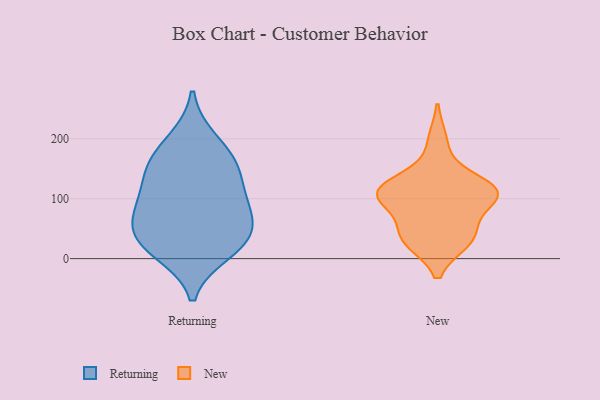
{"axis": {"x": "Net Income (USD K)", "y": "Value"}, "legend": ["New", "Returning"], "data": [{"x": "", "y": 37, "type": "Returning"}, {"x": "", "y": 12, "type": "Returning"}, {"x": "", "y": 78, "type": "Returning"}, {"x": "", "y": 90, "type": "Returning"}, {"x": "", "y": 146, "type": "Returning"}, {"x": "", "y": 197, "type": "Returning"}, {"x": "", "y": 27, "type": "Returning"}, {"x": "", "y": 143, "type": "Returning"}, {"x": "", "y": 165, "type": "Returning"}, {"x": "", "y": 88, "type": "Returning"}, {"x": "", "y": 36, "type": "Returning"}, {"x": "", "y": 103, "type": "New"}, {"x": "", "y": 38, "type": "New"}, {"x": "", "y": 117, "type": "New"}, {"x": "", "y": 45, "type": "New"}, {"x": "", "y": 104, "type": "New"}, {"x": "", "y": 30, "type": "New"}, {"x": "", "y": 195, "type": "New"}, {"x": "", "y": 108, "type": "New"}, {"x": "", "y": 106, "type": "New"}, {"x": "", "y": 115, "type": "New"}, {"x": "", "y": 121, "type": "New"}, {"x": "", "y": 32, "type": "New"}]}